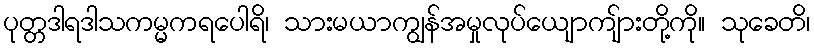
ပုတ္တဒါရဒါသကမ္မကရပေါရိ၊ သားမယာကျွန်အမှုလုပ်ယျောကျ်ားတို့ကို။ သုခေတိ၊